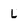
Character: L